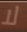
لا